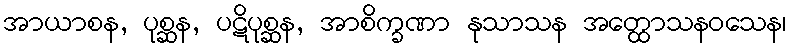
အာယာစန, ပုစ္ဆန, ပဋိပုစ္ဆန, အာစိက္ခဏာ နုသာသန အတ္ထောသနဝသေန၊